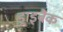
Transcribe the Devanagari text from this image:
ड्राइबैक